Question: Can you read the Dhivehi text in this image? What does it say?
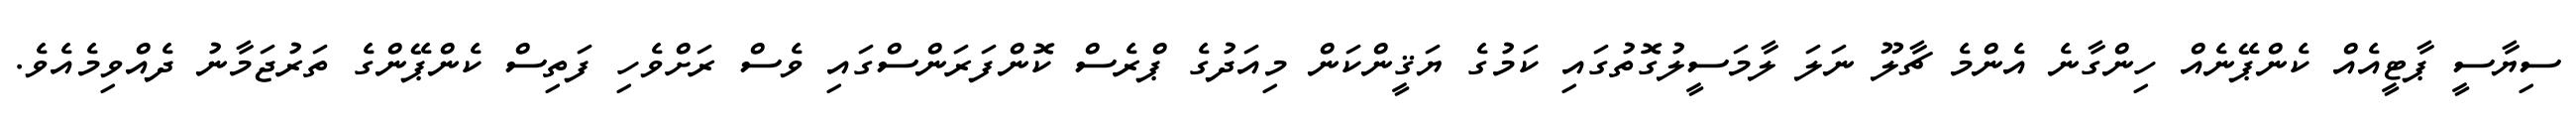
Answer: ސިޔާސީ ޕާޓީއެއް ކެންޕޭނެއް ހިންގާނެ އެންމެ ޗާލޫ ނަލަ ލާމަސީލުގޮތުގައި ކަމުގެ ޔަޤީންކަން މިއަދުގެ ޕްރެސް ކޮންފަރަންސްގައި ވެސް ރަށްވެހި ފަތިސް ކެންޕޭންގެ ތަރުޖަމާނު ދެއްވިމެއެވެ.